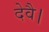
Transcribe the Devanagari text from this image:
देवै।